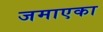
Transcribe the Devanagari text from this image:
जमाएका